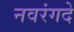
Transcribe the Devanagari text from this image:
नवरंगदे